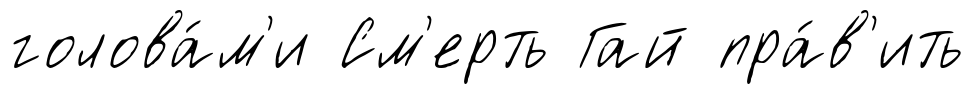
голова́м'и См'ерть Гай пра́в'ить